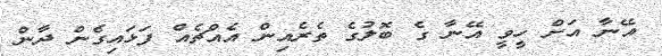
އޭނާ އަށް ހީވީ އޭނާ ގެ ބޮލުގެ ތެރެއިން އެއްޗެއް ފަޅައިގެން ދާން